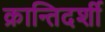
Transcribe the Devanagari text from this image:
क्रान्तिदर्शी